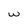
Character: w